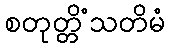
စတုတ္တိံသတိမံ